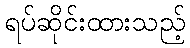
ရပ်ဆိုင်းထားသည့်